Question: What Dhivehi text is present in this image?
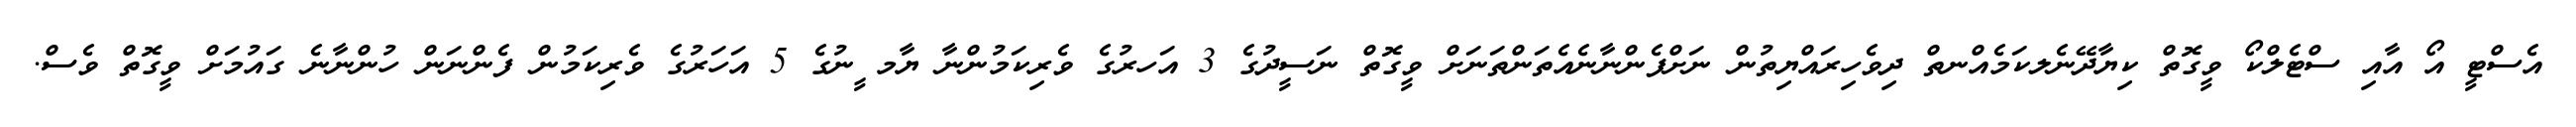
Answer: އެސްޓީ އޯ އާއި ސްޓެލްކޯ ވީގޮތް ކިޔާދޭނެލކަމެއްނތް ދިވެހިރައްޔިތުން ނަށްފެންނާނެއެތަންތަނަށް ވީގޮތް ނަސީދުގެ 3 އަހރުގެ ވެރިކަމުންނާ ޔާމ ީނުގެ 5 އަހަރުގެ ވެރިކަމުން ފެންނަން ހުންނާނެ ގައުމަށް ވީގޮތް ވެސް.